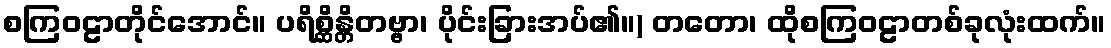
စကြဝဠာတိုင်အောင်။ ပရိစ္ဆိန္တိတဗ္ဗာ၊ ပိုင်းခြားအပ်၏။) တတော၊ ထိုစကြဝဠာတစ်ခုလုံးထက်။